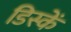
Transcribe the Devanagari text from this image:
डिस्कें